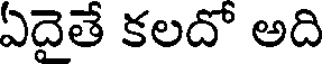
ఏదైతే కలదో అది